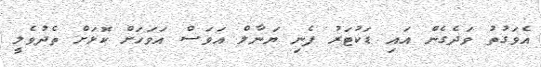
އެވަގުތު ވަދެގެން އައި ޑަކުޓަރު ފެނި ޔަނާލް އަވަސް އަވަހަށް ކޮޅަށް ތެދުވެލީ